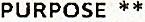
PURPOSE **